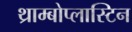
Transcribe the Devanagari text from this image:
थ्राम्बोप्लास्टिन